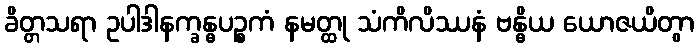
ခိတ္တသရာ ဥပါဒါနက္ခန္ဓပဉ္စကံ နမတ္ထု သံကိလိဿနံ ဗန္ဓိယ ယောဇယိတွာ